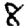
Digit: 8